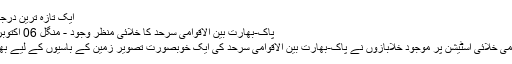
ایک تازہ ترین درجہ بندی...
پاک-بھارت بین الاقوامی سرحد کا خلائی منظر وجود - منگل 06 اکتوبر 2015
بین الاقوامی خلائی اسٹیشن پر موجود خلابازوں نے پاک-بھارت بین الاقوامی سرحد کی ایک خوبصورت تصویر زمین کے باسیوں کے لیے بھیجی ہے۔